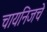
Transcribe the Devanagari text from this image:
चायनिजचे